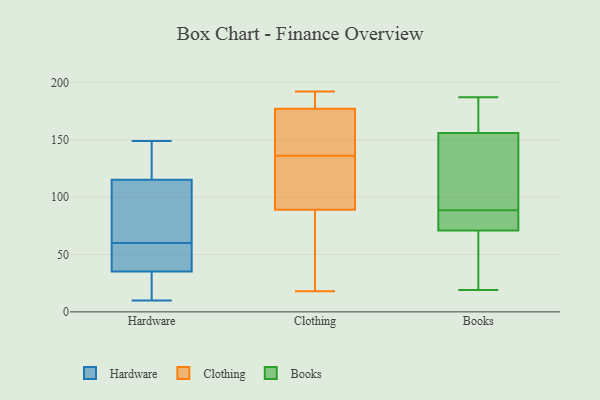
{"axis": {"x": "Operating Costs (USD K)", "y": "Value"}, "legend": ["Books", "Clothing", "Hardware"], "data": [{"x": "", "y": 51, "type": "Hardware"}, {"x": "", "y": 35, "type": "Hardware"}, {"x": "", "y": 128, "type": "Hardware"}, {"x": "", "y": 14, "type": "Hardware"}, {"x": "", "y": 60, "type": "Hardware"}, {"x": "", "y": 149, "type": "Hardware"}, {"x": "", "y": 57, "type": "Hardware"}, {"x": "", "y": 104, "type": "Hardware"}, {"x": "", "y": 139, "type": "Hardware"}, {"x": "", "y": 10, "type": "Hardware"}, {"x": "", "y": 36, "type": "Hardware"}, {"x": "", "y": 119, "type": "Hardware"}, {"x": "", "y": 71, "type": "Hardware"}, {"x": "", "y": 22, "type": "Hardware"}, {"x": "", "y": 101, "type": "Hardware"}, {"x": "", "y": 89, "type": "Clothing"}, {"x": "", "y": 140, "type": "Clothing"}, {"x": "", "y": 165, "type": "Clothing"}, {"x": "", "y": 177, "type": "Clothing"}, {"x": "", "y": 187, "type": "Clothing"}, {"x": "", "y": 45, "type": "Clothing"}, {"x": "", "y": 47, "type": "Clothing"}, {"x": "", "y": 110, "type": "Clothing"}, {"x": "", "y": 192, "type": "Clothing"}, {"x": "", "y": 107, "type": "Clothing"}, {"x": "", "y": 18, "type": "Clothing"}, {"x": "", "y": 120, "type": "Clothing"}, {"x": "", "y": 186, "type": "Clothing"}, {"x": "", "y": 136, "type": "Clothing"}, {"x": "", "y": 180, "type": "Clothing"}, {"x": "", "y": 136, "type": "Clothing"}, {"x": "", "y": 65, "type": "Clothing"}, {"x": "", "y": 157, "type": "Clothing"}, {"x": "", "y": 110, "type": "Books"}, {"x": "", "y": 161, "type": "Books"}, {"x": "", "y": 135, "type": "Books"}, {"x": "", "y": 99, "type": "Books"}, {"x": "", "y": 73, "type": "Books"}, {"x": "", "y": 19, "type": "Books"}, {"x": "", "y": 74, "type": "Books"}, {"x": "", "y": 53, "type": "Books"}, {"x": "", "y": 187, "type": "Books"}, {"x": "", "y": 187, "type": "Books"}, {"x": "", "y": 74, "type": "Books"}, {"x": "", "y": 62, "type": "Books"}, {"x": "", "y": 140, "type": "Books"}, {"x": "", "y": 165, "type": "Books"}, {"x": "", "y": 78, "type": "Books"}, {"x": "", "y": 156, "type": "Books"}, {"x": "", "y": 31, "type": "Books"}, {"x": "", "y": 71, "type": "Books"}]}